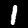
Label: 1